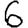
Digit: 6